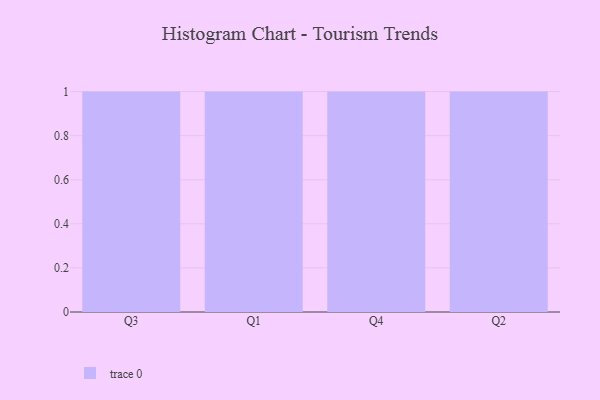
{"axis": {"x": "Quarter", "y": "Net Income (USD K)"}, "legend": [""], "data": [{"x": "Q3", "y": 23, "type": ""}, {"x": "Q1", "y": 9, "type": ""}, {"x": "Q4", "y": 70, "type": ""}, {"x": "Q2", "y": 29, "type": ""}]}